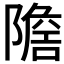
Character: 𨼧